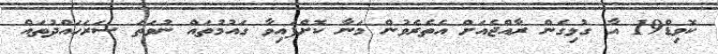
ކޮވިޑް19 އާ ގުޅިގެން ރާއްޖެއަށް އެތެރެވުން މަނާ ކޮށްފައިވާ ގައުމުތައް ނުވަތަ ސަރަހައްދުތައް